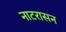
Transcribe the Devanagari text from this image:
नाटरासन